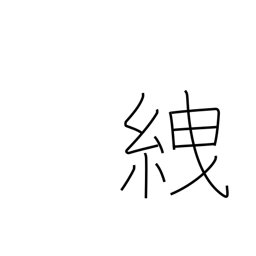
Meaning: tie